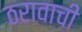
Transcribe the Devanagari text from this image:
ठरावाची